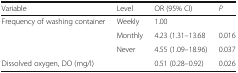
<table><thead><tr><td><b>Variable</b></td><td><b>Level</b></td><td><b>OR (95% CI)</b></td><td><b><i>P</i></b></td></tr></thead><tbody><tr><td rowspan="3">Frequency of washing container</td><td>Weekly</td><td>1.00</td><td></td></tr><tr><td>Monthly</td><td>4.23 (1.31–13.68</td><td>0.016</td></tr><tr><td>Never</td><td>4.55 (1.09–18.96)</td><td>0.037</td></tr><tr><td>Dissolved oxygen, DO (mg/l)</td><td></td><td>0.51 (0.28–0.92)</td><td>0.026</td></tr></tbody></table>